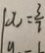
x = \frac { 3 } { 7 }